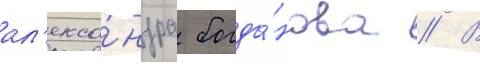
ал'екса́ндра богда́нова // В